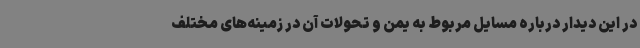
در این دیدار درباره مسایل مربوط به یمن و تحولات آن در زمینه‌های مختلف